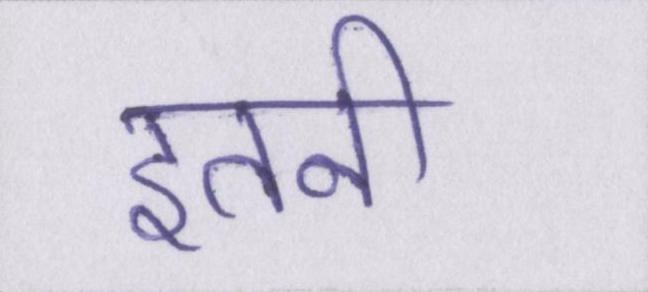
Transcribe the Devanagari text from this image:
इतनी